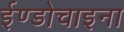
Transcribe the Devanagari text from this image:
ईण्डोचाइना